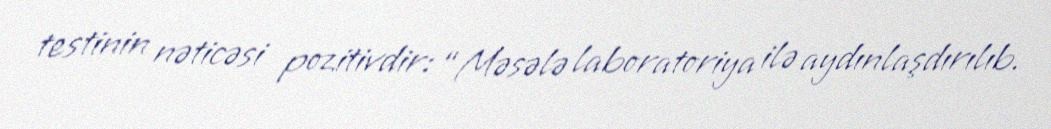
testinin nəticəsi pozitivdir: “Məsələ laboratoriya ilə aydınlaşdırılıb.